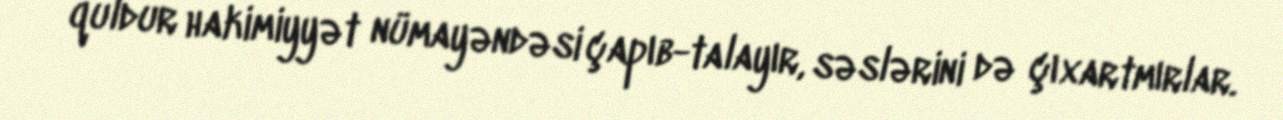
quldur hakimiyyət nümayəndəsi çapıb-talayır, səslərini də çıxartmırlar.